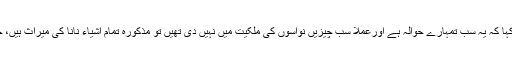
نانا نے اگر صرف زبانی طور پر کہا کہ یہ سب تمہارے حوالہ ہے اورعملاً سب چیزیں نواسوں کی ملکیت میں نہیں دی تھیں تو مذکورہ تمام اشیاء نانا کی میراث ہیں، جو ان کے ورثاء میں تقسیم ہوں گی۔